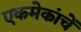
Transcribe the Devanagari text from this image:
एकमेकांचें